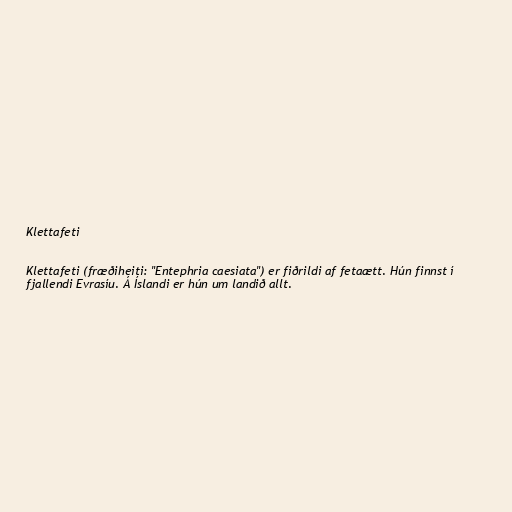
Klettafeti

Klettafeti (fræðiheiti: "Entephria caesiata") er fiðrildi af fetaætt. Hún finnst í
fjallendi Evrasíu. Á Íslandi er hún um landið allt.